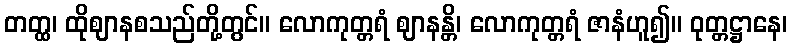
တတ္ထ၊ ထိုဈာနစသည်တို့တွင်။ လောကုတ္တရံ ဈာနန္တိ၊ လောကုတ္တရံ ဇာနံဟူ၍။ ဝုတ္တဋ္ဌာနေ၊